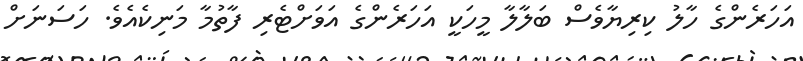
އަހަރެންގެ ހާލު ކިރިޔާވެސް ބަލާލާ މީހަކީ އަހަރެންގެ އަވަށްޓެރި ފާތުމާ މަނިކެއެވެ. ހަސަނަށް